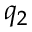
q _ { 2 }